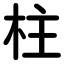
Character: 柱